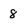
Character: 8